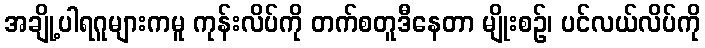
အချို့ပါရဂူများကမူ ကုန်းလိပ်ကို တက်စတူဒီနေတာ မျိုးစဉ်၊ ပင်လယ်လိပ်ကို